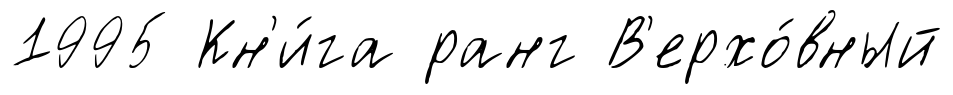
1995 Кн'и́га ранг В'ерхо́вный